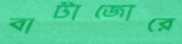
বাটাজোরে